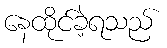
နေထိုင်ခဲ့ရသည်